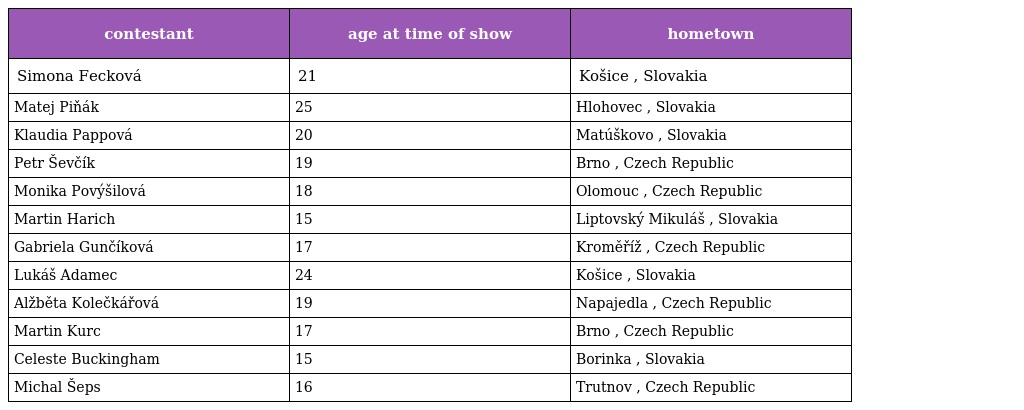
| contestant | age at time of show | hometown |
 | --- | --- | --- |
 | Simona Fecková | 21 | Košice , Slovakia |
 | Matej Piňák | 25 | Hlohovec , Slovakia |
 | Klaudia Pappová | 20 | Matúškovo , Slovakia |
 | Petr Ševčík | 19 | Brno , Czech Republic |
 | Monika Povýšilová | 18 | Olomouc , Czech Republic |
 | Martin Harich | 15 | Liptovský Mikuláš , Slovakia |
 | Gabriela Gunčíková | 17 | Kroměříž , Czech Republic |
 | Lukáš Adamec | 24 | Košice , Slovakia |
 | Alžběta Kolečkářová | 19 | Napajedla , Czech Republic |
 | Martin Kurc | 17 | Brno , Czech Republic |
 | Celeste Buckingham | 15 | Borinka , Slovakia |
 | Michal Šeps | 16 | Trutnov , Czech Republic |